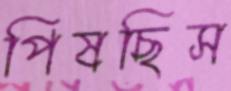
পিষছিস